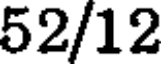
52/12